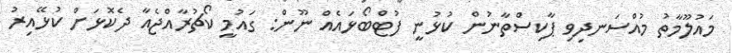
މައުލޫމާތު މުއްސަނދިވި ޕާކިސްތާނުން ކުޅުނީ ފުޓްބޯޅައެއް ނޫން: ގައުމީ ކޯޗުރާއްޖެއާ ދެކޮޅަށް ކުޅޭއިރު